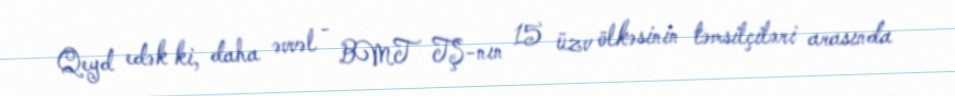
Qeyd edək ki, daha əvvəl - BMT TŞ-nın 15 üzv ölkəsinin təmsilçiləri arasında